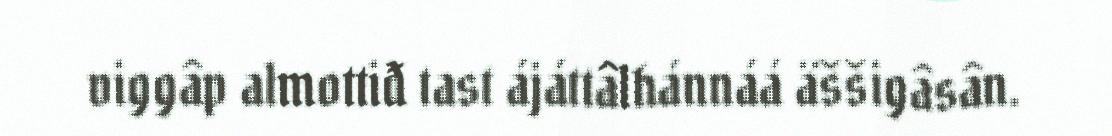
viggâp almottiđ tast ájáttâlhánnáá äššigâsân.